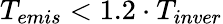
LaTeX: {T_{emis}}<1.2\cdot{T_{inver}}